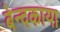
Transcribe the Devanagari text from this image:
बेन्दकाया